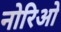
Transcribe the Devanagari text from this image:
नोरिओ